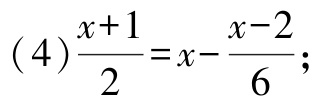
\((4)\frac{x + 1}{2}=x-\frac{x - 2}{6};\)